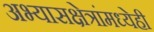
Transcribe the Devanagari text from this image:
अभ्यासक्षेत्रांमध्येही